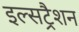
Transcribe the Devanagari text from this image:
इल्सट्रैशन